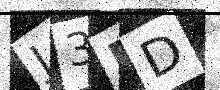
Text: J3ED